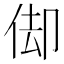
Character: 㑢